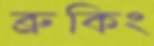
ব্রুকিং